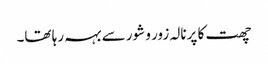
چھت کا پرنالہ زور و شور سے بہہ رہا تھا۔